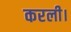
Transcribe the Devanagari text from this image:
करली।